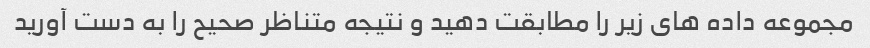
مجموعه داده های زیر را مطابقت دهید و نتیجه متناظر صحیح را به دست آورید